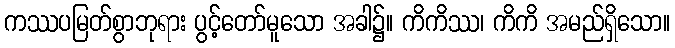
ကဿပမြတ်စွာဘုရား ပွင့်တော်မူသော အခါ၌။ ကိကိဿ၊ ကိကိ အမည်ရှိသော။